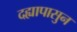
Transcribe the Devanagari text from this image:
दह्यापासुन